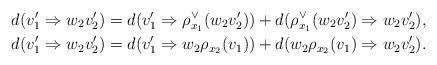
LaTeX: \begin{align*}&d(v_1'\Rightarrow w_2 v_2') = d(v_1'\Rightarrow \rho^\vee_{x_1}(w_2 v_2')) + d(\rho^\vee_{x_1}(w_2 v_2')\Rightarrow w_2 v_2'),\\&d(v_1'\Rightarrow w_2 v_2') = d(v_1'\Rightarrow w_2 \rho_{x_2}(v_1)) + d(w_2 \rho_{x_2}(v_1)\Rightarrow w_2 v_2').\end{align*}